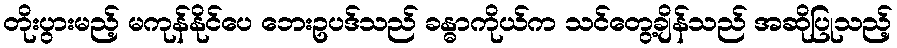
တိုးပွားမည့် မကုန်နိုင်ပေ ဘေးဥပဒ်သည် ခန္ဓာကိုယ်က သင်တွေ့ချိန်သည် အဆိုပြုသည့်